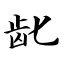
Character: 龀